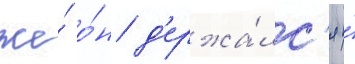
же́ о́н д'ержа́лс'я и́